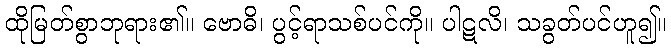
ထိုမြတ်စွာဘုရား၏။ ဗောဓိ၊ ပွင့်ရာသစ်ပင်ကို။ ပါဋလိ၊ သခွတ်ပင်ဟူ၍။